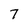
Character: 7